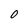
Character: 0